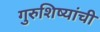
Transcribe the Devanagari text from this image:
गुरुशिष्यांची